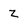
Character: Z